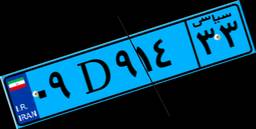
۰۴D۲۳۸۶۴